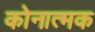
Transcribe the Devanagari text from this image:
कोनात्मक